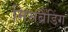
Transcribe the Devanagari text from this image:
मिसब्रैंडिंग